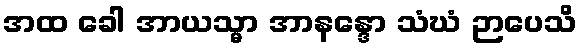
အထ ခေါ အာယသ္မာ အာနန္ဒော သံဃံ ဉာပေသိ